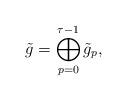
LaTeX: \begin{align*}\tilde g=\bigoplus_{p=0}^{\tau-1}\tilde g_p,\end{align*}